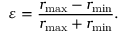
\varepsilon = { \frac { r _ { \operatorname* { m a x } } - r _ { \operatorname* { m i n } } } { r _ { \operatorname* { m a x } } + r _ { \operatorname* { m i n } } } } .